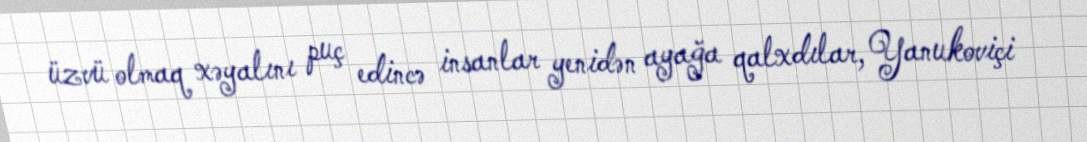
üzvü olmaq xəyalını puç edincə insanlar yenidən ayağa qalxdılar, Yanukoviçi